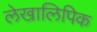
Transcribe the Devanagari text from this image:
लेखालिपिक